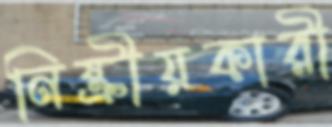
নিষ্ক্রীয়কারী